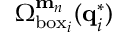
\Omega _ { \mathrm { b o x } _ { i } } ^ { \mathbf { m } _ { n } } ( \mathbf { q } _ { i } ^ { * } )